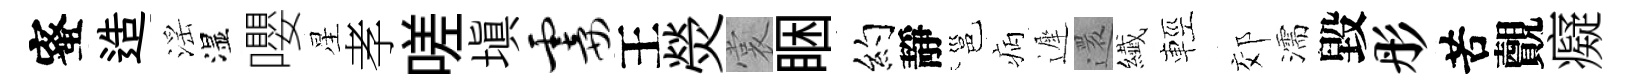
蜜造滛湿嚶星孝嗟填霎王熒裳睏约靜邕病遲還纎輕郊濡毀彤苦覿癡